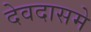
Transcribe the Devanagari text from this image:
देवदासमे